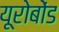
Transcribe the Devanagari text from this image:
यूरोबोंड